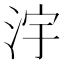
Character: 𣳿